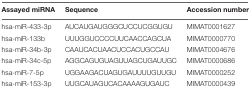
| Assayed miRNA | Sequence | Accession number |
 | --- | --- | --- |
 | hsa-miR-433-3p | AUCAUGAUGGGCUCCUCGGUGU | MIMAT0001627 |
 | hsa-miR-133b | UUUGGUCCCCUUCAACCAGCUA | MIMAT0000770 |
 | hsa-miR-34b-3p | CAAUCACUAACUCCACUGCCAU | MIMAT0004676 |
 | hsa-miR-34c-5p | AGGCAGUGUAGUUAGCUGAUUGC | MIMAT0000686 |
 | hsa-miR-7-5p | UGGAAGACUAGUGAUUUUGUUGU | MIMAT0000252 |
 | hsa-miR-153-3p | UUGCAUAGUCACAAAAGUGAUC | MIMAT0000439 |